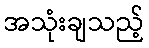
အသုံးချသည့်